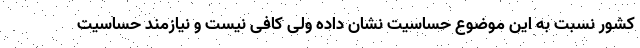
کشور نسبت به این موضوع حساسیت نشان داده ولی کافی نیست و نیازمند حساسیت